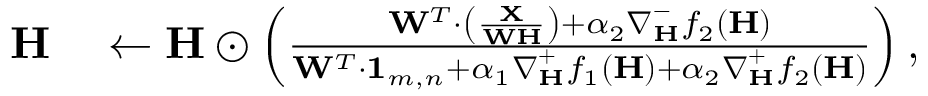
\begin{array} { r l } { \mathbf { H } } & { { } \leftarrow \mathbf { H } \odot \left( \frac { \mathbf { W } ^ { T } \cdot \left( \frac { \mathbf { X } } { \mathbf { W } \mathbf { H } } \right) + \alpha _ { 2 } \boldsymbol \nabla _ { \mathbf { H } } ^ { - } f _ { 2 } ( \mathbf { H } ) } { \mathbf { W } ^ { T } \cdot \mathbf { 1 } _ { m , n } + \alpha _ { 1 } \boldsymbol \nabla _ { \mathbf { H } } ^ { + } f _ { 1 } ( \mathbf { H } ) + \alpha _ { 2 } \boldsymbol \nabla _ { \mathbf { H } } ^ { + } f _ { 2 } ( \mathbf { H } ) } \right) , } \end{array}